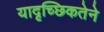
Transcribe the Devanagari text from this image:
यादृच्छिकतेने